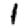
Digit: 1